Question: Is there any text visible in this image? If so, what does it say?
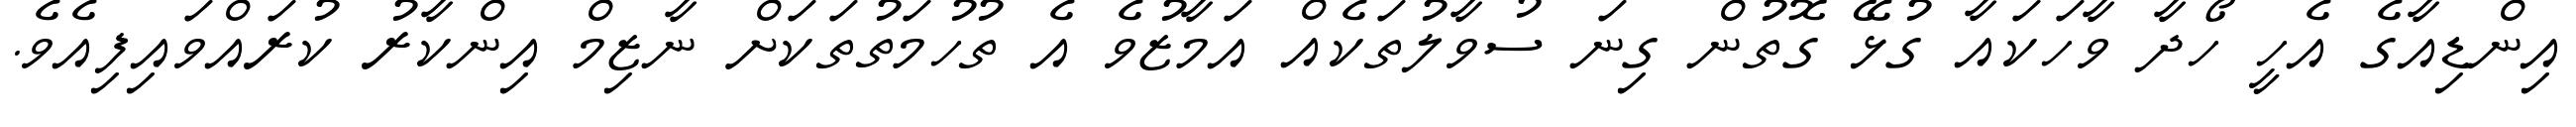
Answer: އިންޑިއާގެ އެހީ ހޯދާ ވާހަކައާ ގުޅޭ ގޮތުން ގިނަ ސުވާލުތަކެއް އަމާޒުވެ އެ ތުހުމަތުތަކަށް ނާޒިމް އިންކާރު ކުރައްވައިފިއެވެ.